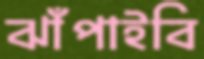
ঝাঁপাইবি